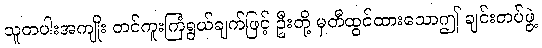
သူတပါးအကျိုး တင်ကူးကြံရွယ်ချက်ဖြင့် ဦးတို့ မှတီထွင်ထားသောဤ ချင်းတပ်ဖွဲ့